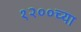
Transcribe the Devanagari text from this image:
१२००च्या